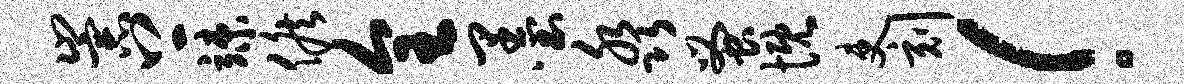
崇上竦候全墨淼蚤慨吏刻！